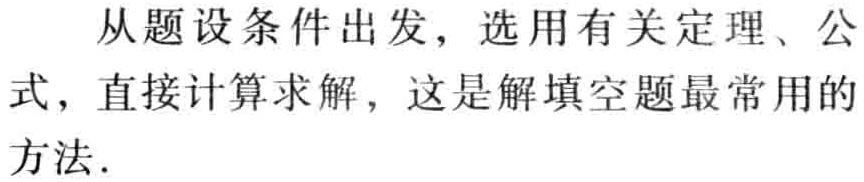
从题设条件出发，选用有关定理、公式，直接计算求解，这是解填空题最常用的方法.